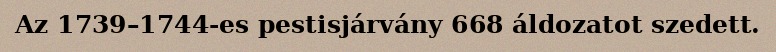
Az 1739–1744-es pestisjárvány 668 áldozatot szedett.